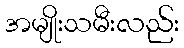
အမျိုးသမီးလည်း